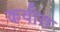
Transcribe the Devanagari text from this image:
कवीत